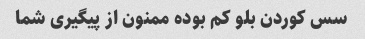
سس کوردن بلو کم بوده ممنون از پیگیری شما